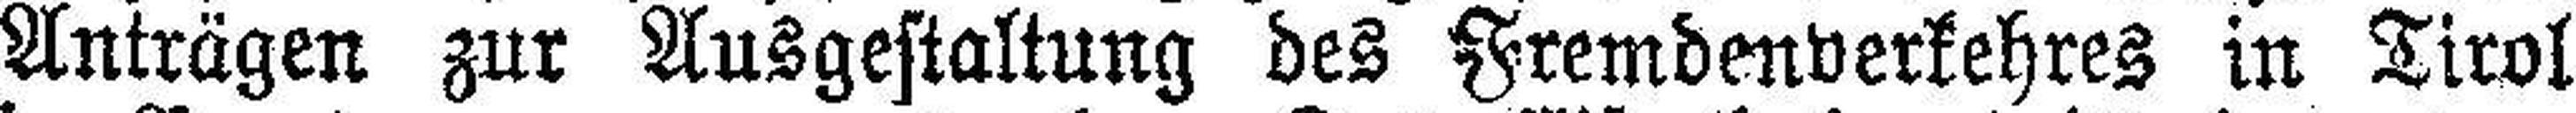
Anträgen zur Ausgestaltung des Fremdenverkehres in Tirol